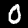
Label: 0